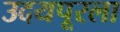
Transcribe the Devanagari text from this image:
उदयपूरला